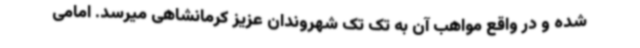
شده و در واقع مواهب آن به تک تک شهروندان عزیز کرمانشاهی میرسد. امامی